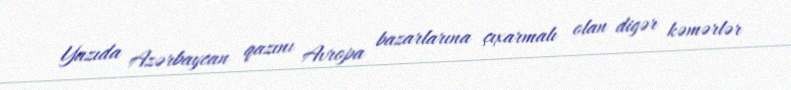
Yazıda Azərbaycan qazını Avropa bazarlarına çıxarmalı olan digər kəmərlər